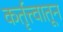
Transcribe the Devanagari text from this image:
कर्तृत्त्वातून